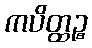
ကပိတ္ထဉ္စ